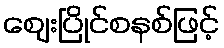
ဈေးပြိုင်စနစ်ဖြင့်